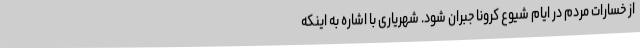
از خسارات مردم در ایام شیوع کرونا جبران شود. شهریاری با اشاره به اینکه